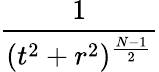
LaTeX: \frac{1}{(t^{2}+r^{2})^{\frac{N-1}{2}}}